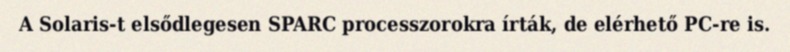
A Solaris-t elsődlegesen SPARC processzorokra írták, de elérhető PC-re is.